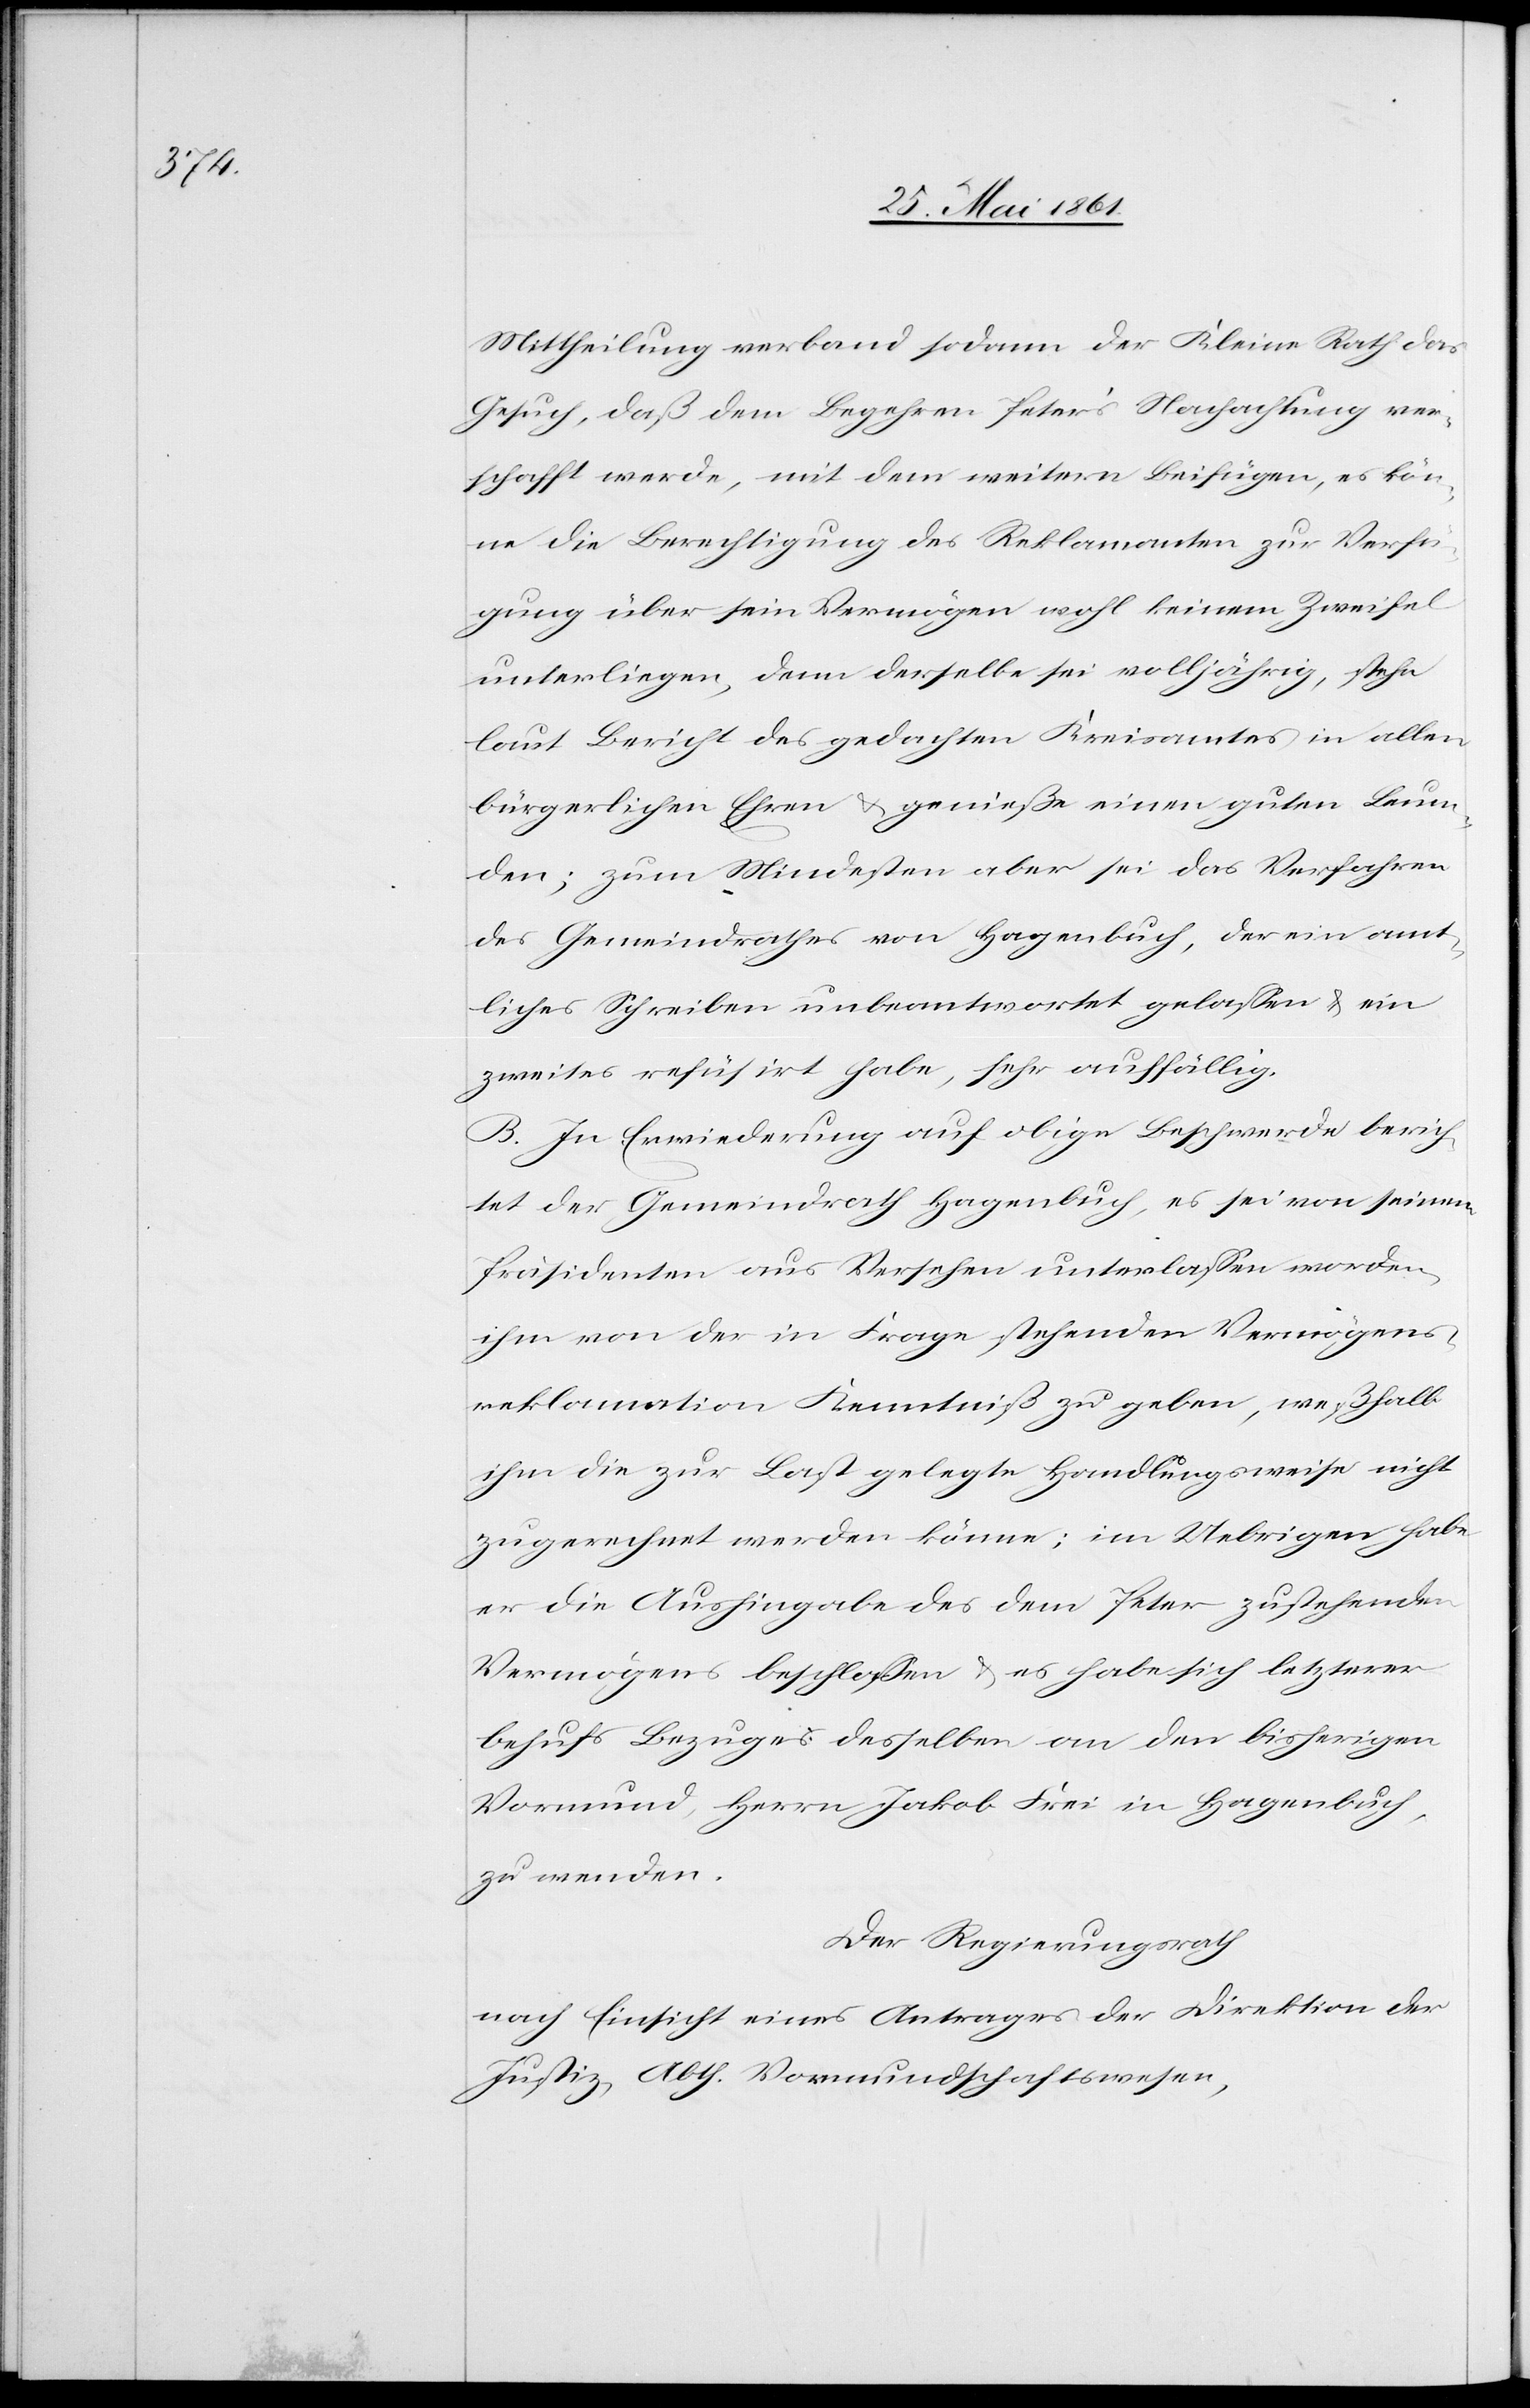
Mittheilung verband sodann der Kleine Rath das
Gesuch, daß dem Begehren Peter’s Nachachtung ver¬
schafft werde, mit dem weitern Beifügen, es kön¬
ne die Berechtigung des Reklamanten zur Verfü¬
gung über sein Vermögen wohl keinem Zweifel
unterliegen, denn derselbe sei volljährig, stehe
laut Bericht des gedachten Kreisamtes in allen
bürgerlichen Ehren u. genieße einen guten Leumun¬
den; zum Mindesten aber sei das Verfahren
des Gemeindrathes von Hagenbuch, der ein amt¬
liches Schreiben unbeantwortet gelassen u. ein
zweites refüsirt habe, sehr auffällig.
B. In Erwiederung auf obige Beschwerde berich¬
tet der Gemeindrath Hagenbuch, es sei von seinem
Präsidenten aus Versehen unterlassen worden,
ihm von der in Frage stehenden Vermögens¬
reklamation Kenntniß zu geben, weßhalb
ihm die zur Last gelegte Handlungsweise nicht
zugerechnet werden könne; im Uebrigen habe
er die Aushingabe des dem Peter zustehenden
Vermögens beschlossen u. es habe sich letzterer
behufs Bezuges desselben an den bisherigen
Vormund, Herrn Jakob Frei in Hagenbuch,
zu wenden.
Der Regierungsrath
nach Einsicht eines Antrages der Direktion der
Justiz, Abth. Vormundschaftswesen,